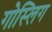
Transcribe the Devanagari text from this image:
गोस्लिग